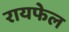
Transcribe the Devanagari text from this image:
रायफेल